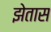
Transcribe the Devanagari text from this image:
झेतास